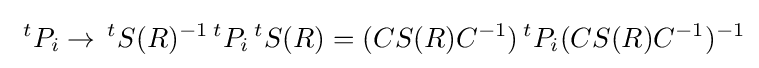
{\hbox{ }}^{t}P_{i}\rightarrow \,^{t}S(R)^{-1}\,^{t}P_{i}\,^{t}S(R)=(CS(R)C^{-1})\,^{t}P_{i}(CS(R)C^{-1})^{-1}